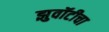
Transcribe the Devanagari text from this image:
झुवॉटीचा